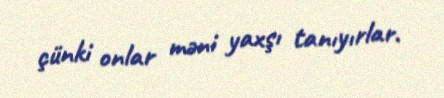
çünki onlar məni yaxşı tanıyırlar.